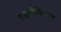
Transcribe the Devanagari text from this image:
एनाटोमिकल